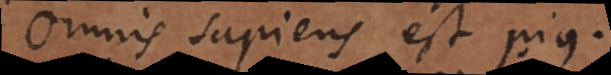
Omnis sapiens est pius.